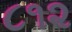
૮૧૨